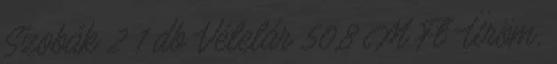
Szobák 2 1 db Vételár 50,8 M Ft Üröm,